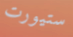
ستيورت